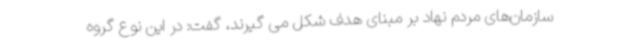
سازمان‌های مردم نهاد بر مبنای هدف شکل می گیرند، گفت: در این نوع گروه